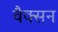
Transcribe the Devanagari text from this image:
वैक्सन